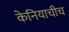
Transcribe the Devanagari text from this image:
केनियाचीच